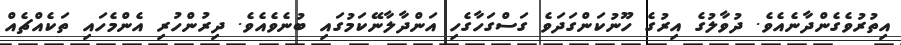
އިތުރުވެގެންދާނެއެވެ. ދުވާލުގެ އިރުގެ ހޫނުކަންގަދަވެ ގަސްގަހާގެހި އަންދާލާނޭކަމުގައި ބުނެވެއެވެ. ދިރުންހުރި އެންމެހައި ތަކެއްޗެއް